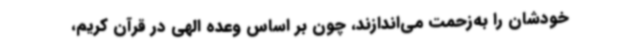
خودشان را به‌زحمت می‌اندازند، چون بر اساس وعده الهی در قرآن کریم،